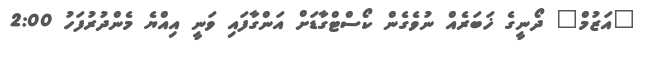
"އަޒުމް" ދޯނީގެ ޚަބަރެއް ނުވެގެން ކޯސްޓްގާޑަށް އަންގާފައި ވަނީ އިއްޔެ މެންދުރުފަހު 2:00